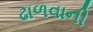
ઢાળવાની